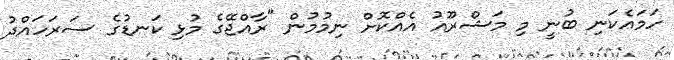
ހަމައެކަނި ބުނީ މި މަޝްރޫއު އެއްކޮށް ނިމުމުން "ރާއްޖޭގެ މުޅި ކަނޑުގެ ސަރަހައްދު